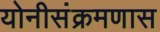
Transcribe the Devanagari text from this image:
योनीसंक्रमणास